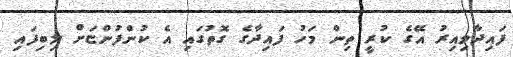
ފައިދާވިއިރު އޭގެ ކުރީ ތިން މަހު ފައިދާގެ ގޮތުގައި އެ ކުންފުންޏަށް ލިބިފައި